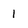
Character: 1